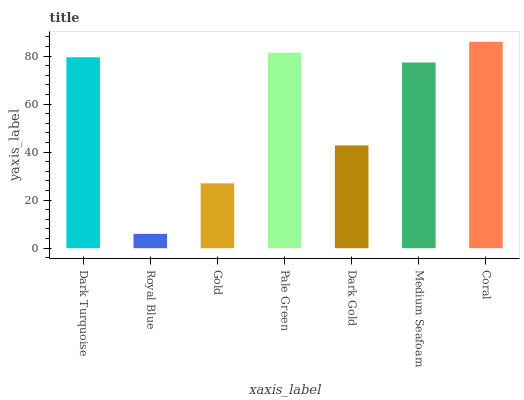
| xaxis_label | bars |
 | --- | --- |
 | Dark Turquoise | 79.5 |
 | Royal Blue | 5.97 |
 | Gold | 27 |
 | Pale Green | 81.4 |
 | Dark Gold | 42.8 |
 | Medium Seafoam | 77.4 |
 | Coral | 86 |